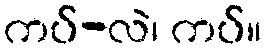
ကပ်-လဲ၊ ကပ်။